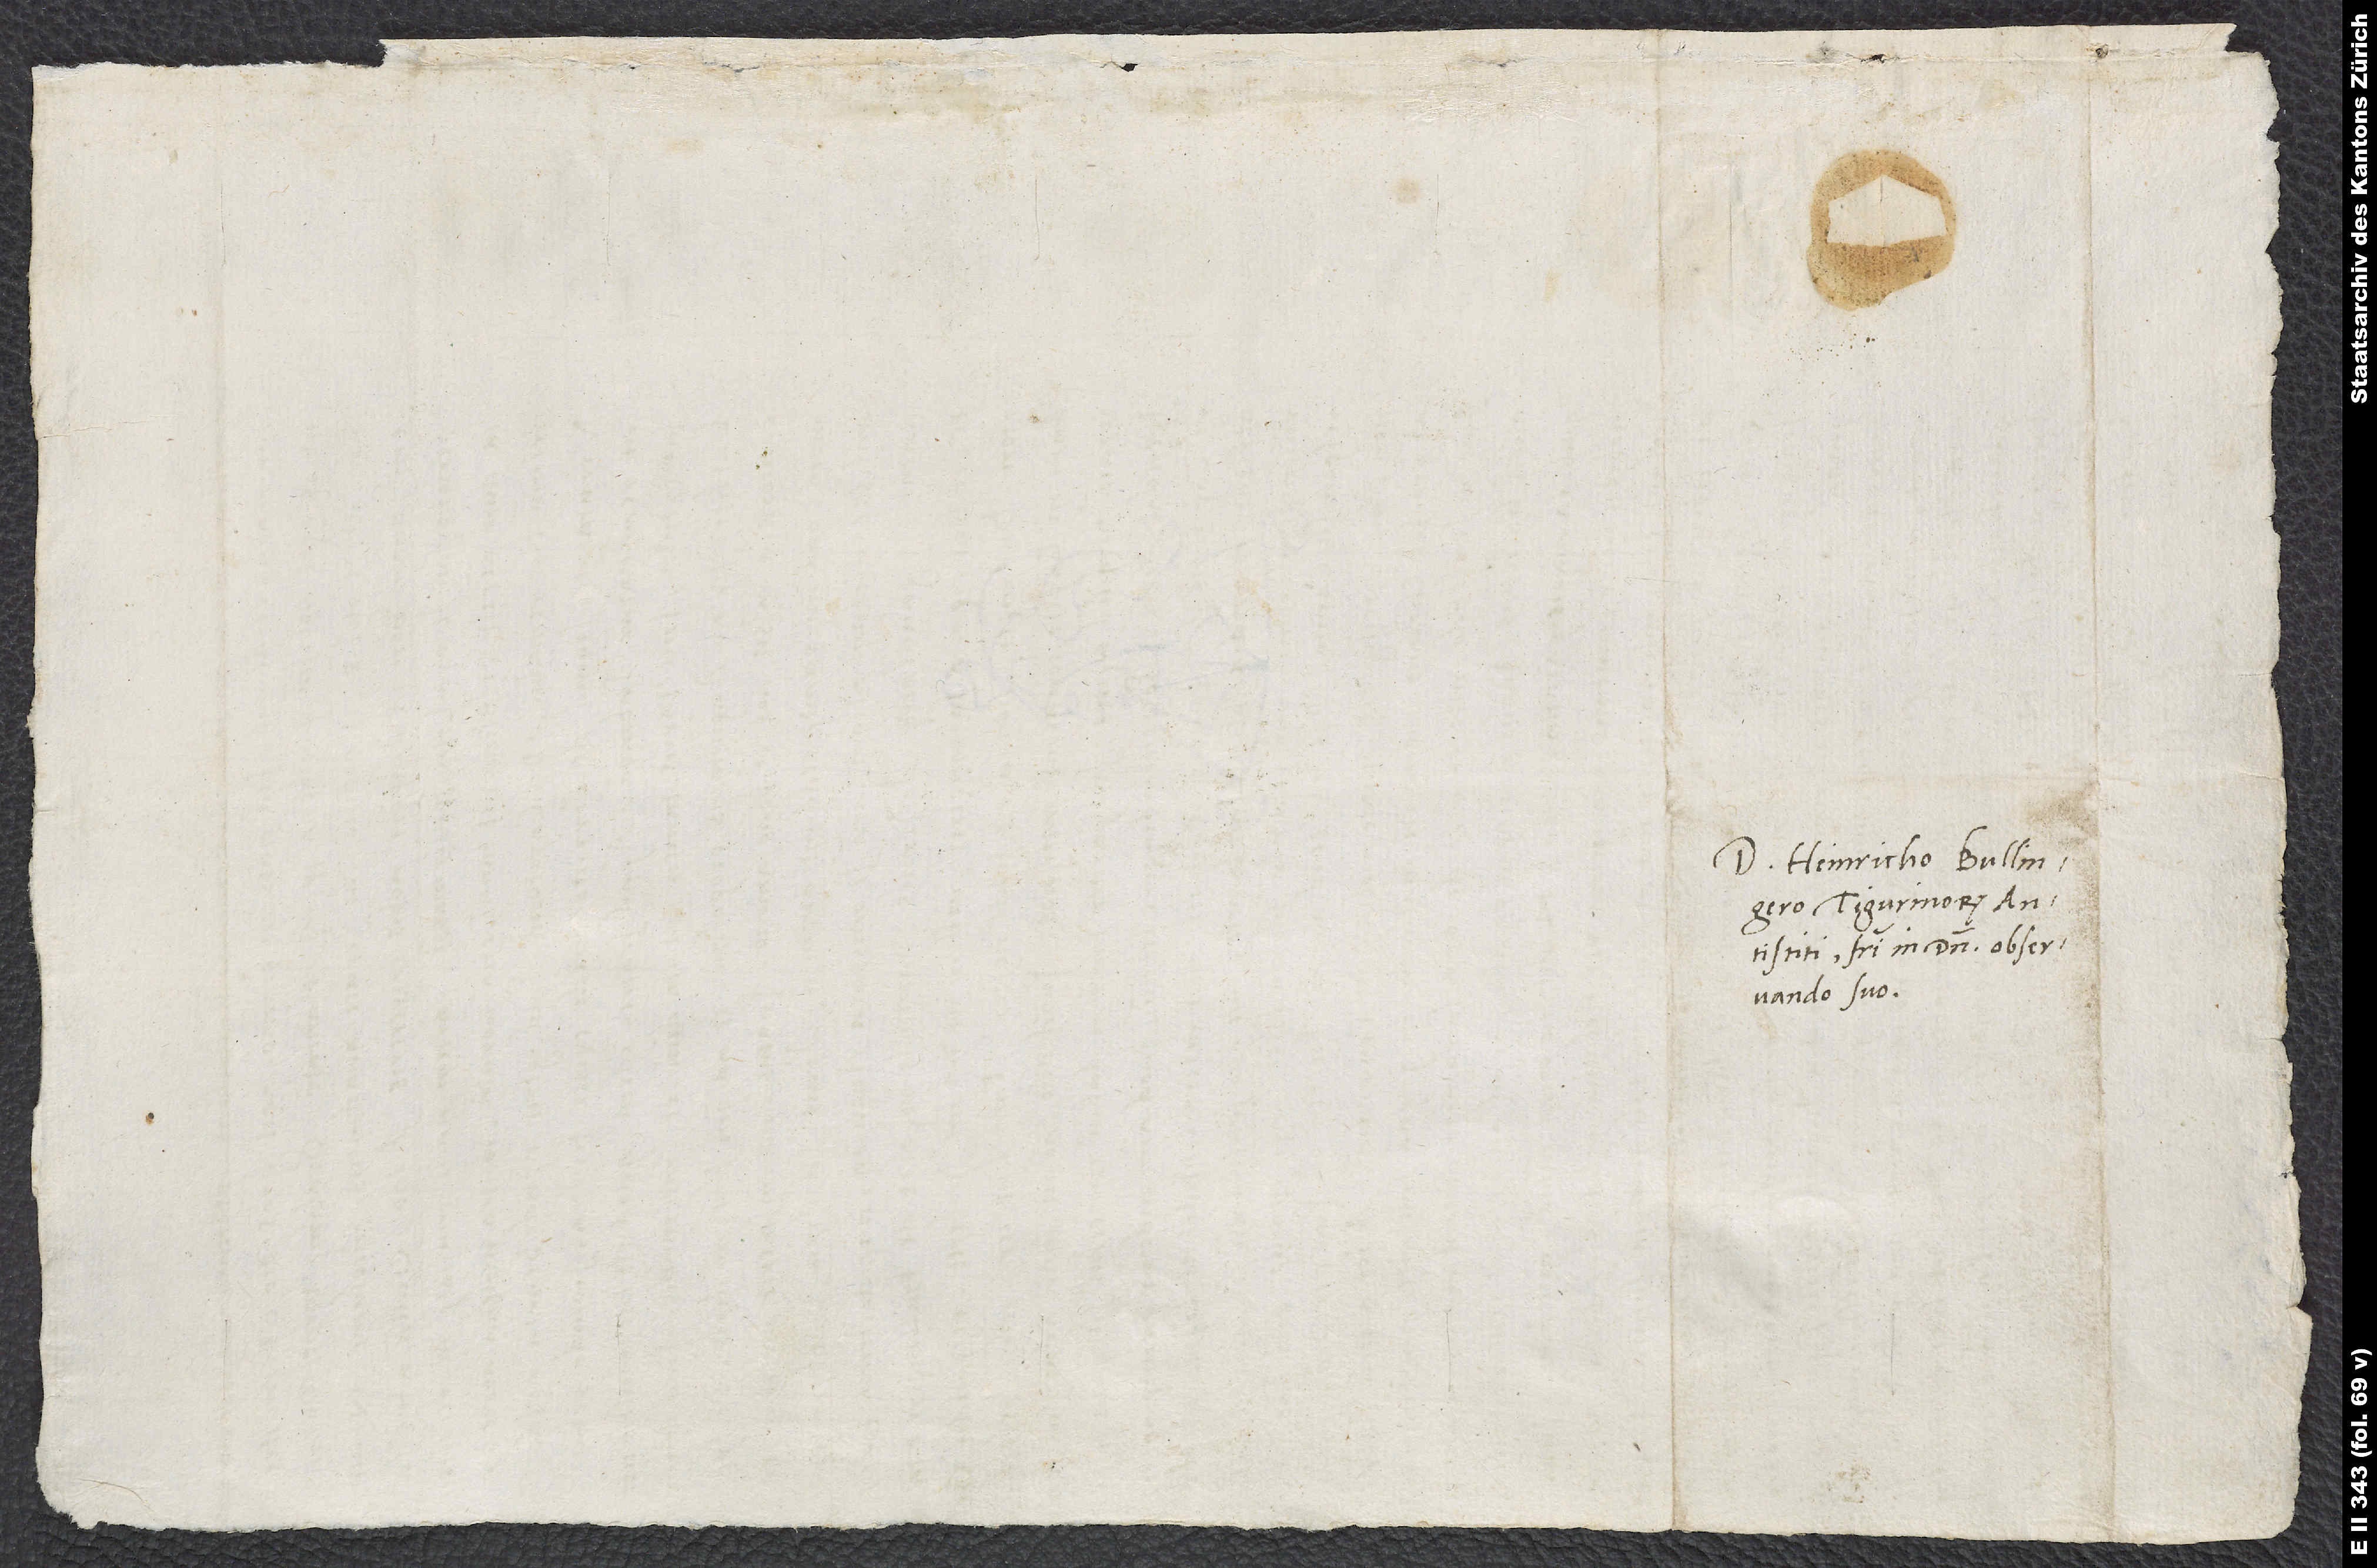
Domino Heinricho Bullingero,
Tigurinorum
antistiti, fratri in domino observando
suo.

S.